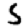
Digit: 5